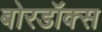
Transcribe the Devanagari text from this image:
बोरडॉक्स